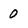
Character: 0